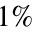
1 \%